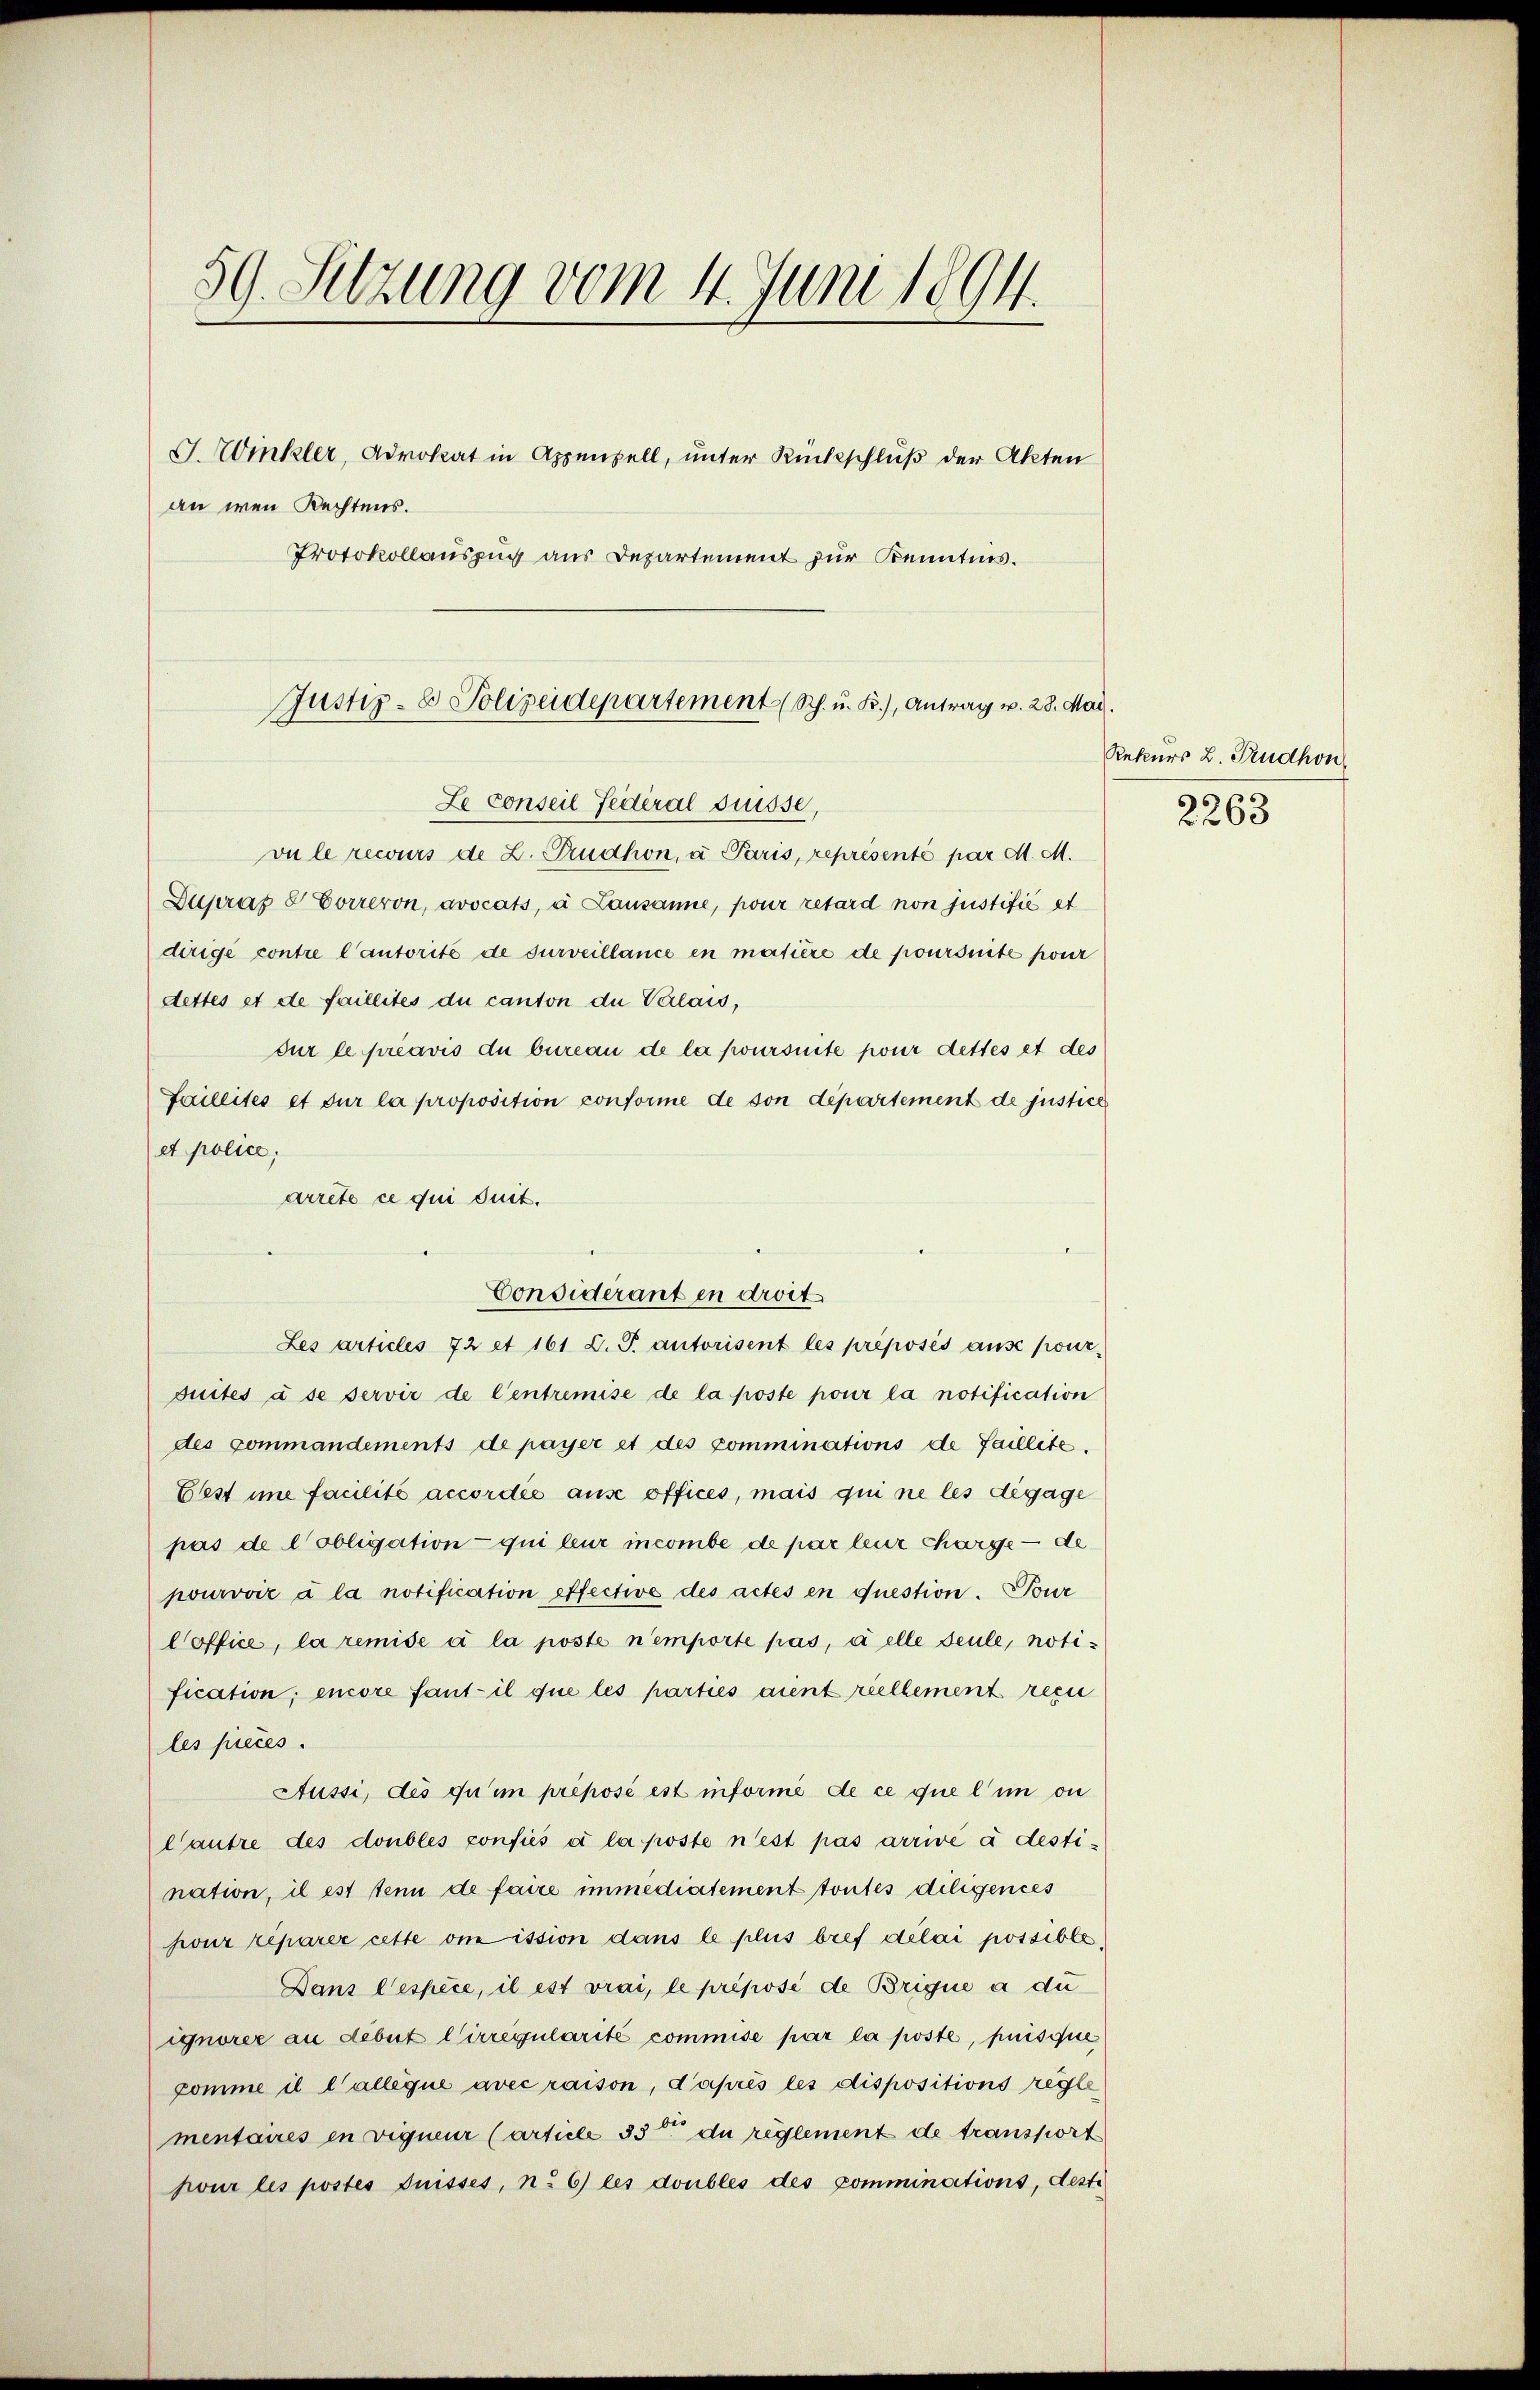
59. Sitzung vom 4. Juni 1894.
G. Winkler, Advokat in Appenzell, unter Rückschluß der Akten
an wen Rechtens.
Protokollauszug aus Departement zur Kenntnis.

Justiz- & Polizeidepartement (Sch. u. K.), Antrag v. 28. Mai.
Le conseil Federal Suisse,

vu le recours de L. Trudhon, a Paris, représenté par d. M.
Duprap 8 Correron, avocats, à Lausanne, pour retard von justifié et
dirige contre l’autorité de surveillance en matière de poursuite pour
dettes et de faillites du canton du Valais,
sur le préavis du bureau de la poursuite pour dettes et des
Faillités et sur la proposition conforme de son departement de justice
et police;
arrete ce qui suit.
Les articles 72 et 161 d. J. autorisent les préposés aŭse pour-
suites à se servir de Centremise de la poste pour la notification
des commandements de payer et des comminations de faillité.
Eest ime facilité accordée ause offices, mais qui ne les dégage
pas de lobligation qui leur incombe de par leur charge — de
pourvoir à la notification effective des actes en question. Tour
Coffice, la remise à la poste n’emporte pas, à elle seule, notification; encore fant il que les parties aient riellement recu
les pieces.
Aussi, des qu’ im preposé est informe de ce que l’un ou
Cautre des doubles confiés à la poste n’est pas arrive à destination, il est tenn de faire immediatement toutes diligences
pour réparer cette omission dans le plus bref délai possible
Dans lespèce, il est vrai, le préposé de Brique a du
ignorée au débit Cirregularité commise par la poste, puisque
comme il l’allégue avec raison, d’après les dispositions regle
mentaires in viquenz (article 33t du reglement de transport
hour les postes Puisses, n. 6) les doubles des comminations, desti

Considerant en droit

Rekurs L. Pudhon
2263